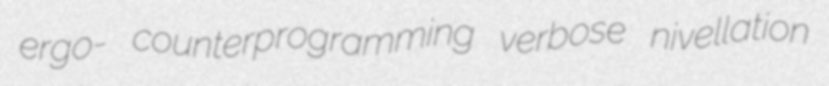
ergo- counterprogramming verbose nivellation